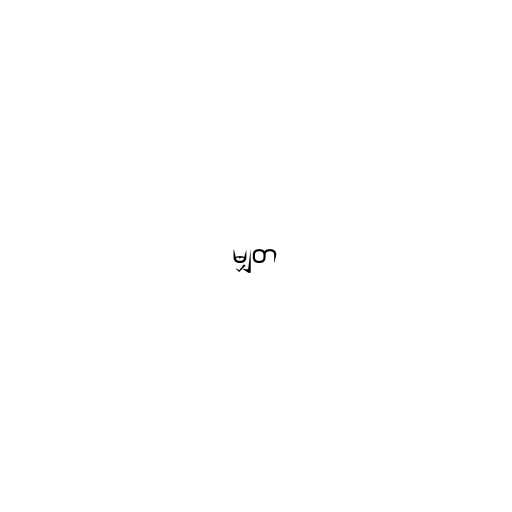
မျှတ